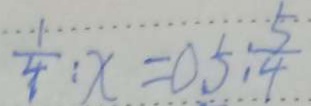
\frac { 1 } { 4 } : x = 0 . 5 \frac { 5 } { 4 }